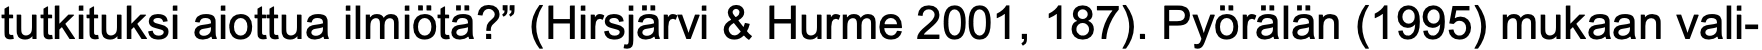
tutkituksi aiottua ilmiötä?” (Hirsjärvi & Hurme 2001, 187). Pyörälän (1995) mukaan vali-